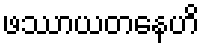
ဖဿာယတနေဟိ